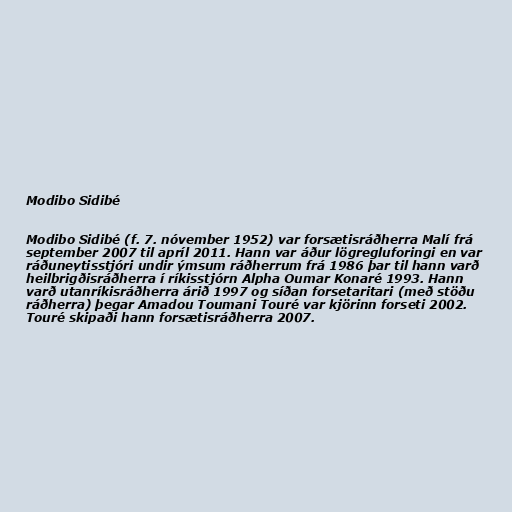
Modibo Sidibé

Modibo Sidibé (f. 7. nóvember 1952) var forsætisráðherra Malí frá
september 2007 til apríl 2011. Hann var áður lögregluforingi en var
ráðuneytisstjóri undir ýmsum ráðherrum frá 1986 þar til hann varð
heilbrigðisráðherra í ríkisstjórn Alpha Oumar Konaré 1993. Hann
varð utanríkisráðherra árið 1997 og síðan forsetaritari (með stöðu
ráðherra) þegar Amadou Toumani Touré var kjörinn forseti 2002.
Touré skipaði hann forsætisráðherra 2007.